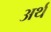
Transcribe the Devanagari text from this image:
अर्थ